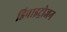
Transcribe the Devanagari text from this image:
डिनाइट्रोजन